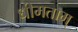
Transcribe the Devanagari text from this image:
धीमताम्